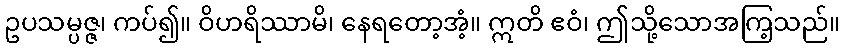
ဥပသမ္ပဇ္ဇ၊ ကပ်၍။ ဝိဟရိဿာမိ၊ နေရတော့အံ့။ ဣတိ ဧဝံ၊ ဤသို့သောအကြ့သည်။